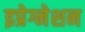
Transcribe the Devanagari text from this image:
इप्रेग्नेशन